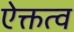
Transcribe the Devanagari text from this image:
ऐक्तत्व